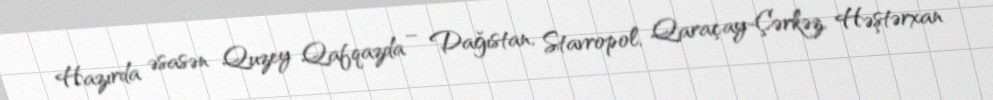
Hazırda əsasən Quzey Qafqazda – Dağıstan, Stavropol, Qaraçay-Çərkəz, Həştərxan